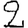
Digit: 2